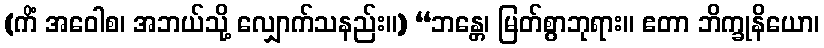
(ကိံ အဝေါစ၊ အဘယ်သို့ လျှောက်သနည်း။) “ဘန္တေ၊ မြတ်စွာဘုရား။ ဧတာ ဘိက္ခုနိယော၊